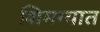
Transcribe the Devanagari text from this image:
शिमग्यात